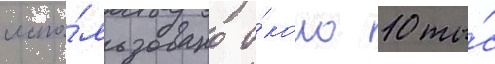
испо́льзовано о́коло 10 ты́с